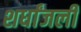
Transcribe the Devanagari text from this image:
शर्धांजली